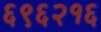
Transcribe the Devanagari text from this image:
६९६२१६